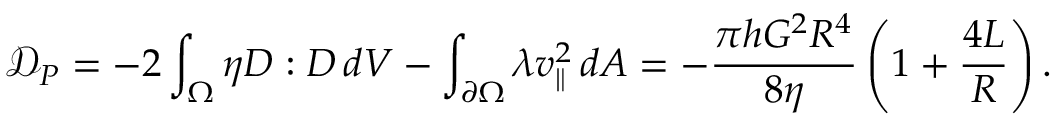
\mathcal { D } _ { P } = - 2 \int _ { \Omega } \eta D : D \, d V - \int _ { \partial \Omega } \lambda v _ { \parallel } ^ { 2 } \, d A = - \frac { \pi h G ^ { 2 } R ^ { 4 } } { 8 \eta } \left( 1 + \frac { 4 L } { R } \right) .